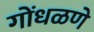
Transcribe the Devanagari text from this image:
गोंधळणे